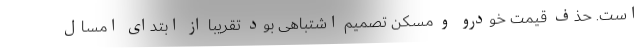
است. حذف قیمت‌ خودرو و مسکن تصمیم اشتباهی بود تقریبا از ابتدای امسال